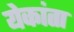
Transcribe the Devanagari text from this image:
येकांता